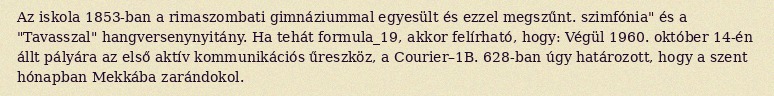
Az iskola 1853-ban a rimaszombati gimnáziummal egyesült és ezzel megszűnt. szimfónia" és a "Tavasszal" hangversenynyitány. Ha tehát formula_19, akkor felírható, hogy: Végül 1960. október 14-én állt pályára az első aktív kommunikációs űreszköz, a Courier–1B. 628-ban úgy határozott, hogy a szent hónapban Mekkába zarándokol.